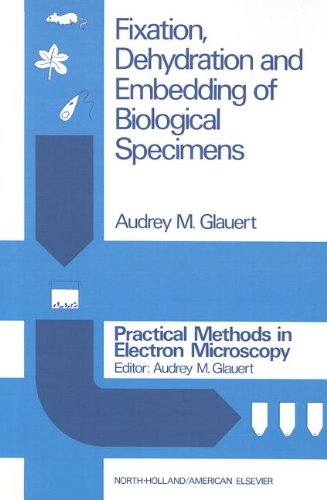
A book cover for Fixation, Dehydration and Embedding of Biological Specimens (Practical Methods in Electron Microscopy) (Vol 3); Science & Math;